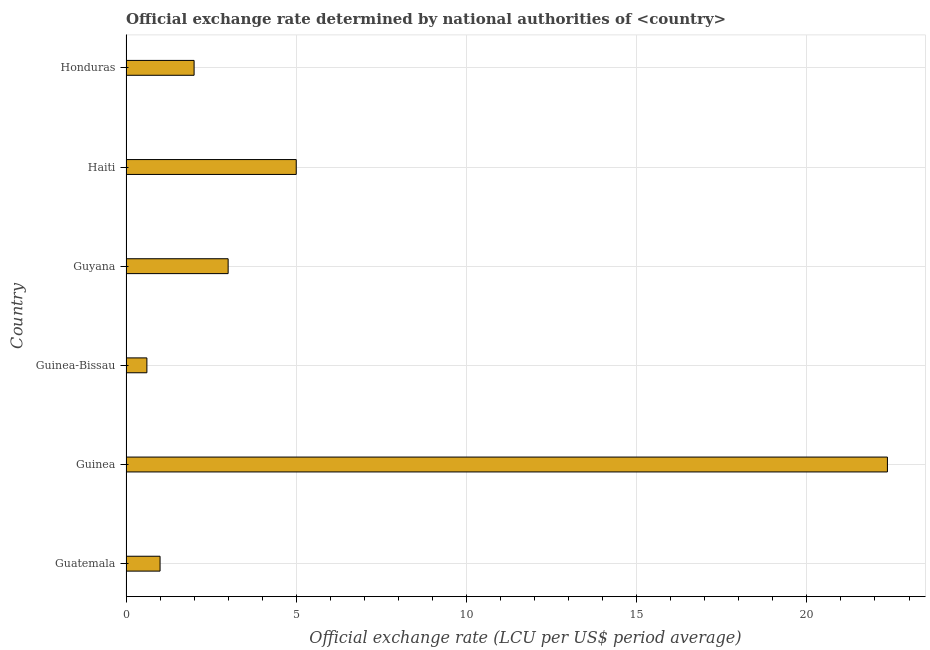
| Country | Official exchange rate |
 | --- | --- |
 | Guatemala | 1 |
 | Guinea | 22.4 |
 | Guinea-Bissau | 0.613 |
 | Guyana | 3 |
 | Haiti | 5 |
 | Honduras | 2 |